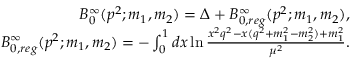
\begin{array} { r l r } & { } & { B _ { 0 } ^ { \infty } ( p ^ { 2 } ; m _ { 1 } , m _ { 2 } ) = \Delta + B _ { 0 , r e g } ^ { \infty } ( p ^ { 2 } ; m _ { 1 } , m _ { 2 } ) , } \\ & { } & { B _ { 0 , r e g } ^ { \infty } ( p ^ { 2 } ; m _ { 1 } , m _ { 2 } ) = - \int _ { 0 } ^ { 1 } d x \ln \frac { x ^ { 2 } q ^ { 2 } - x ( q ^ { 2 } + m _ { 1 } ^ { 2 } - m _ { 2 } ^ { 2 } ) + m _ { 1 } ^ { 2 } } { \mu ^ { 2 } } . } \end{array}